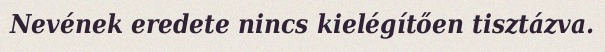
Nevének eredete nincs kielégítően tisztázva.